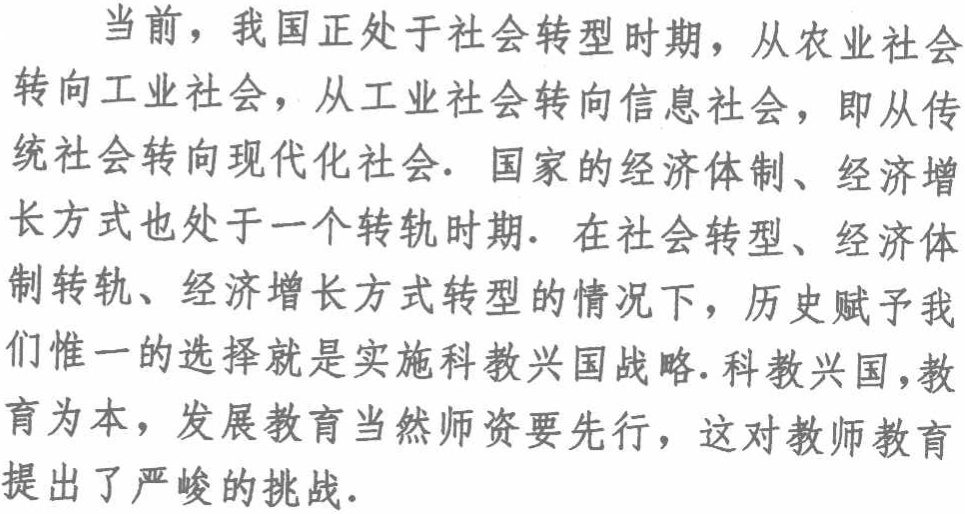
当前，我国正处于社会转型时期，从农业社会转向工业社会，从工业社会转向信息社会，即从传统社会转向现代化社会. 国家的经济体制、经济增长方式也处于一个转轨时期. 在社会转型、经济体制转轨、经济增长方式转型的情况下，历史赋予我们惟一的选择就是实施科教兴国战略. 科教兴国，教育为本，发展教育当然师资要先行，这对教师教育提出了严峻的挑战.